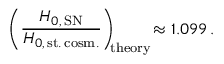
\left( \frac { H _ { 0 , \, \mathrm { S N } } } { H _ { 0 , \, \mathrm { s t . \, c o s m . } } } \right) _ { \! \! \mathrm { t h e o r y } } \! \approx 1 . 0 9 9 \, .